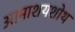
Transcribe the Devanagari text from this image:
आमाशयशोथ